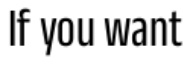
If you want